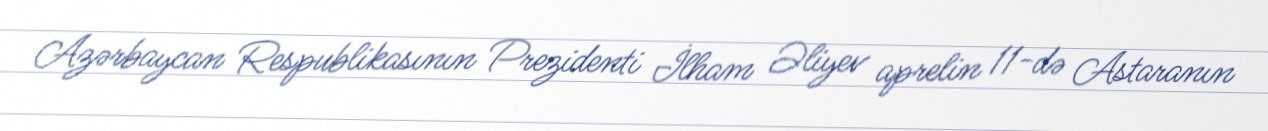
Azərbaycan Respublikasının Prezidenti İlham Əliyev aprelin 11-də Astaranın